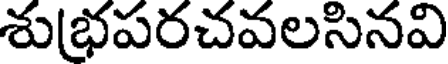
శుభపరచవలసినవి